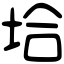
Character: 垥